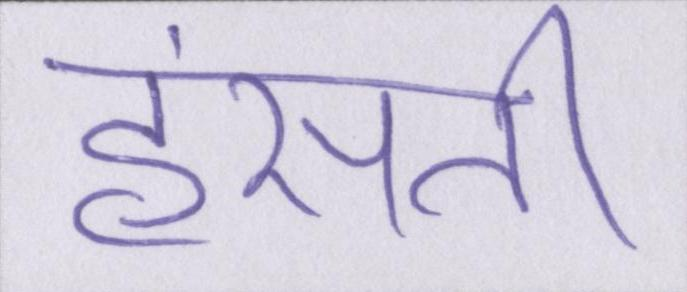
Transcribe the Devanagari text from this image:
हंसती